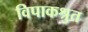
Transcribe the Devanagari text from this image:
विपाकश्रुत